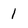
Character: 1